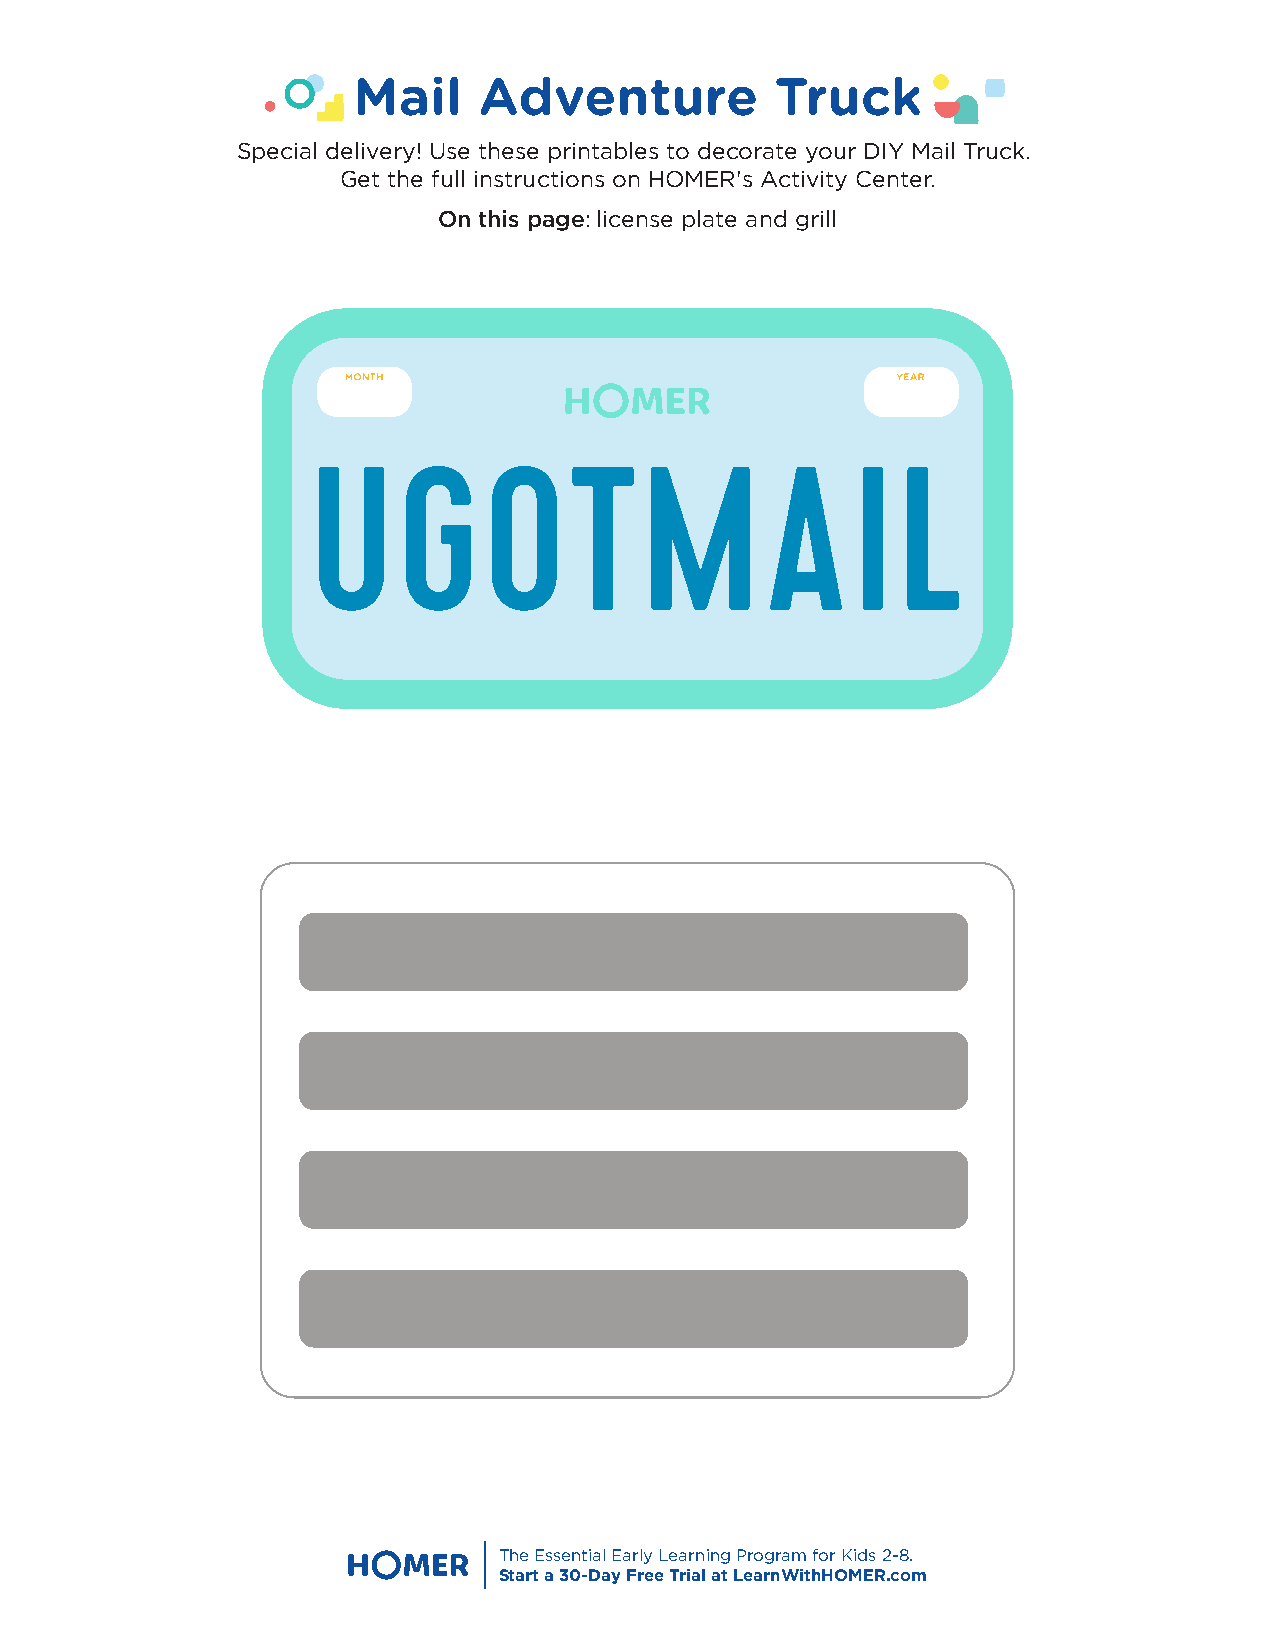
Mail     Adventure          Truck
 Special delivery! Use these printables to decorate your DIY Mail Truck.
 Get the full instructions on HOMER's Activity Center.
 On this page: license plate and grill
 The Essential Early Learning Program for Kids 2-8.
 Start a 30-Day Free Trial at LearnWithHOMER.com